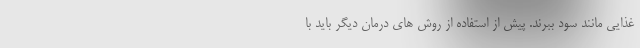
غذایی مانند سود ببرند. پیش از استفاده از روش های درمان دیگر باید با